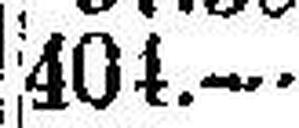
404.—